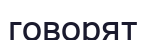
говорят